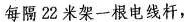
每隔22米架一根电线杆，